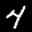
Label: 4